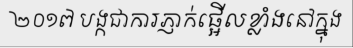
២០១៧ បង្កជាការភ្ញាក់ផ្អើលខ្លាំងនៅក្នុង